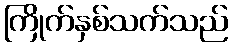
ကြိုက်နှစ်သက်သည်